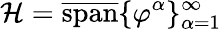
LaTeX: \mathcal{H}=\overline{{\mathrm{span}}}\{ \varphi^{\alpha}\} _{\alpha=1}^{\infty}